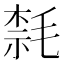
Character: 㲡